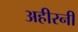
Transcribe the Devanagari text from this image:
अहीरनी